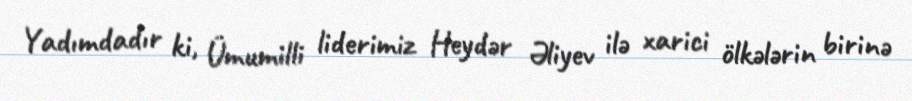
Yadımdadır ki, Ümumilli liderimiz Heydər Əliyev ilə xarici ölkələrin birinə